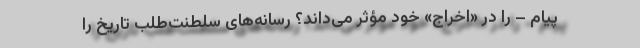
پیام – را در «اخراج» خود مؤثر می‌داند؟ رسانه‌های سلطنت‌طلب تاریخ را